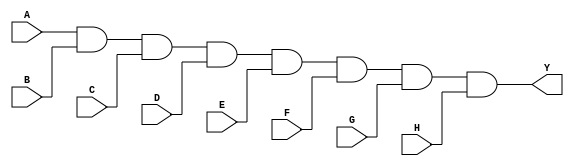
module eight_input_and_gate (
    input A, 
    input B, 
    input C, 
    input D, 
    input E, 
    input F, 
    input G, 
    input H,
    output Y
);

assign Y = A & B & C & D & E & F & G & H;

endmodule